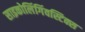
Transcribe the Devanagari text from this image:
साइकोलिंगिंवस्टिक्स